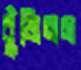
বুঁজিতাম